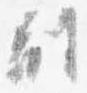
副